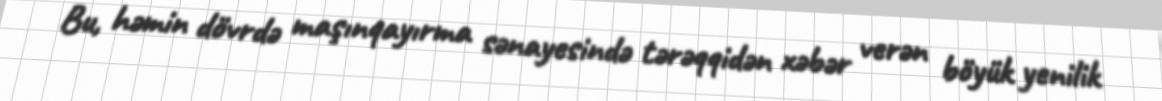
Bu, həmin dövrdə maşınqayırma sənayesində tərəqqidən xəbər verən böyük yenilik